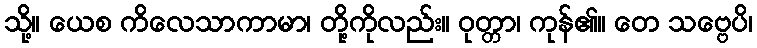
သို့။ ယေစ ကိလေသာကာမာ၊ တို့ကိုလည်း။ ဝုတ္တာ၊ ကုန်၏။ တေ သဗ္ဗေပိ၊